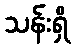
သန်းရှိ